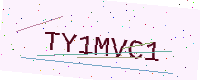
Text: TY1MVC1